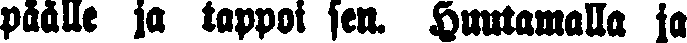
päälle ja tappoi sen. Huutamalla ja